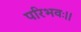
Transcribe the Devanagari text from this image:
परिभवः।।